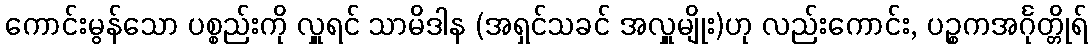
ကောင်းမွန်သော ပစ္စည်းကို လှူရင် သာမိဒါန (အရှင်သခင် အလှူမျိုး)ဟု လည်းကောင်း, ပဉ္စကအင်္ဂုတ္တိုရ်